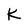
Character: K